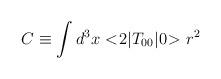
LaTeX: \begin{align*}C \equiv \int d^3x <\!2|T_{00}|0\!> r^2 \end{align*}